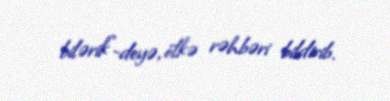
bilərik”-deyə, ölkə rəhbəri bildirib.